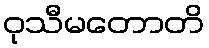
ဝုသီမတောတိ